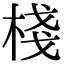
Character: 棧